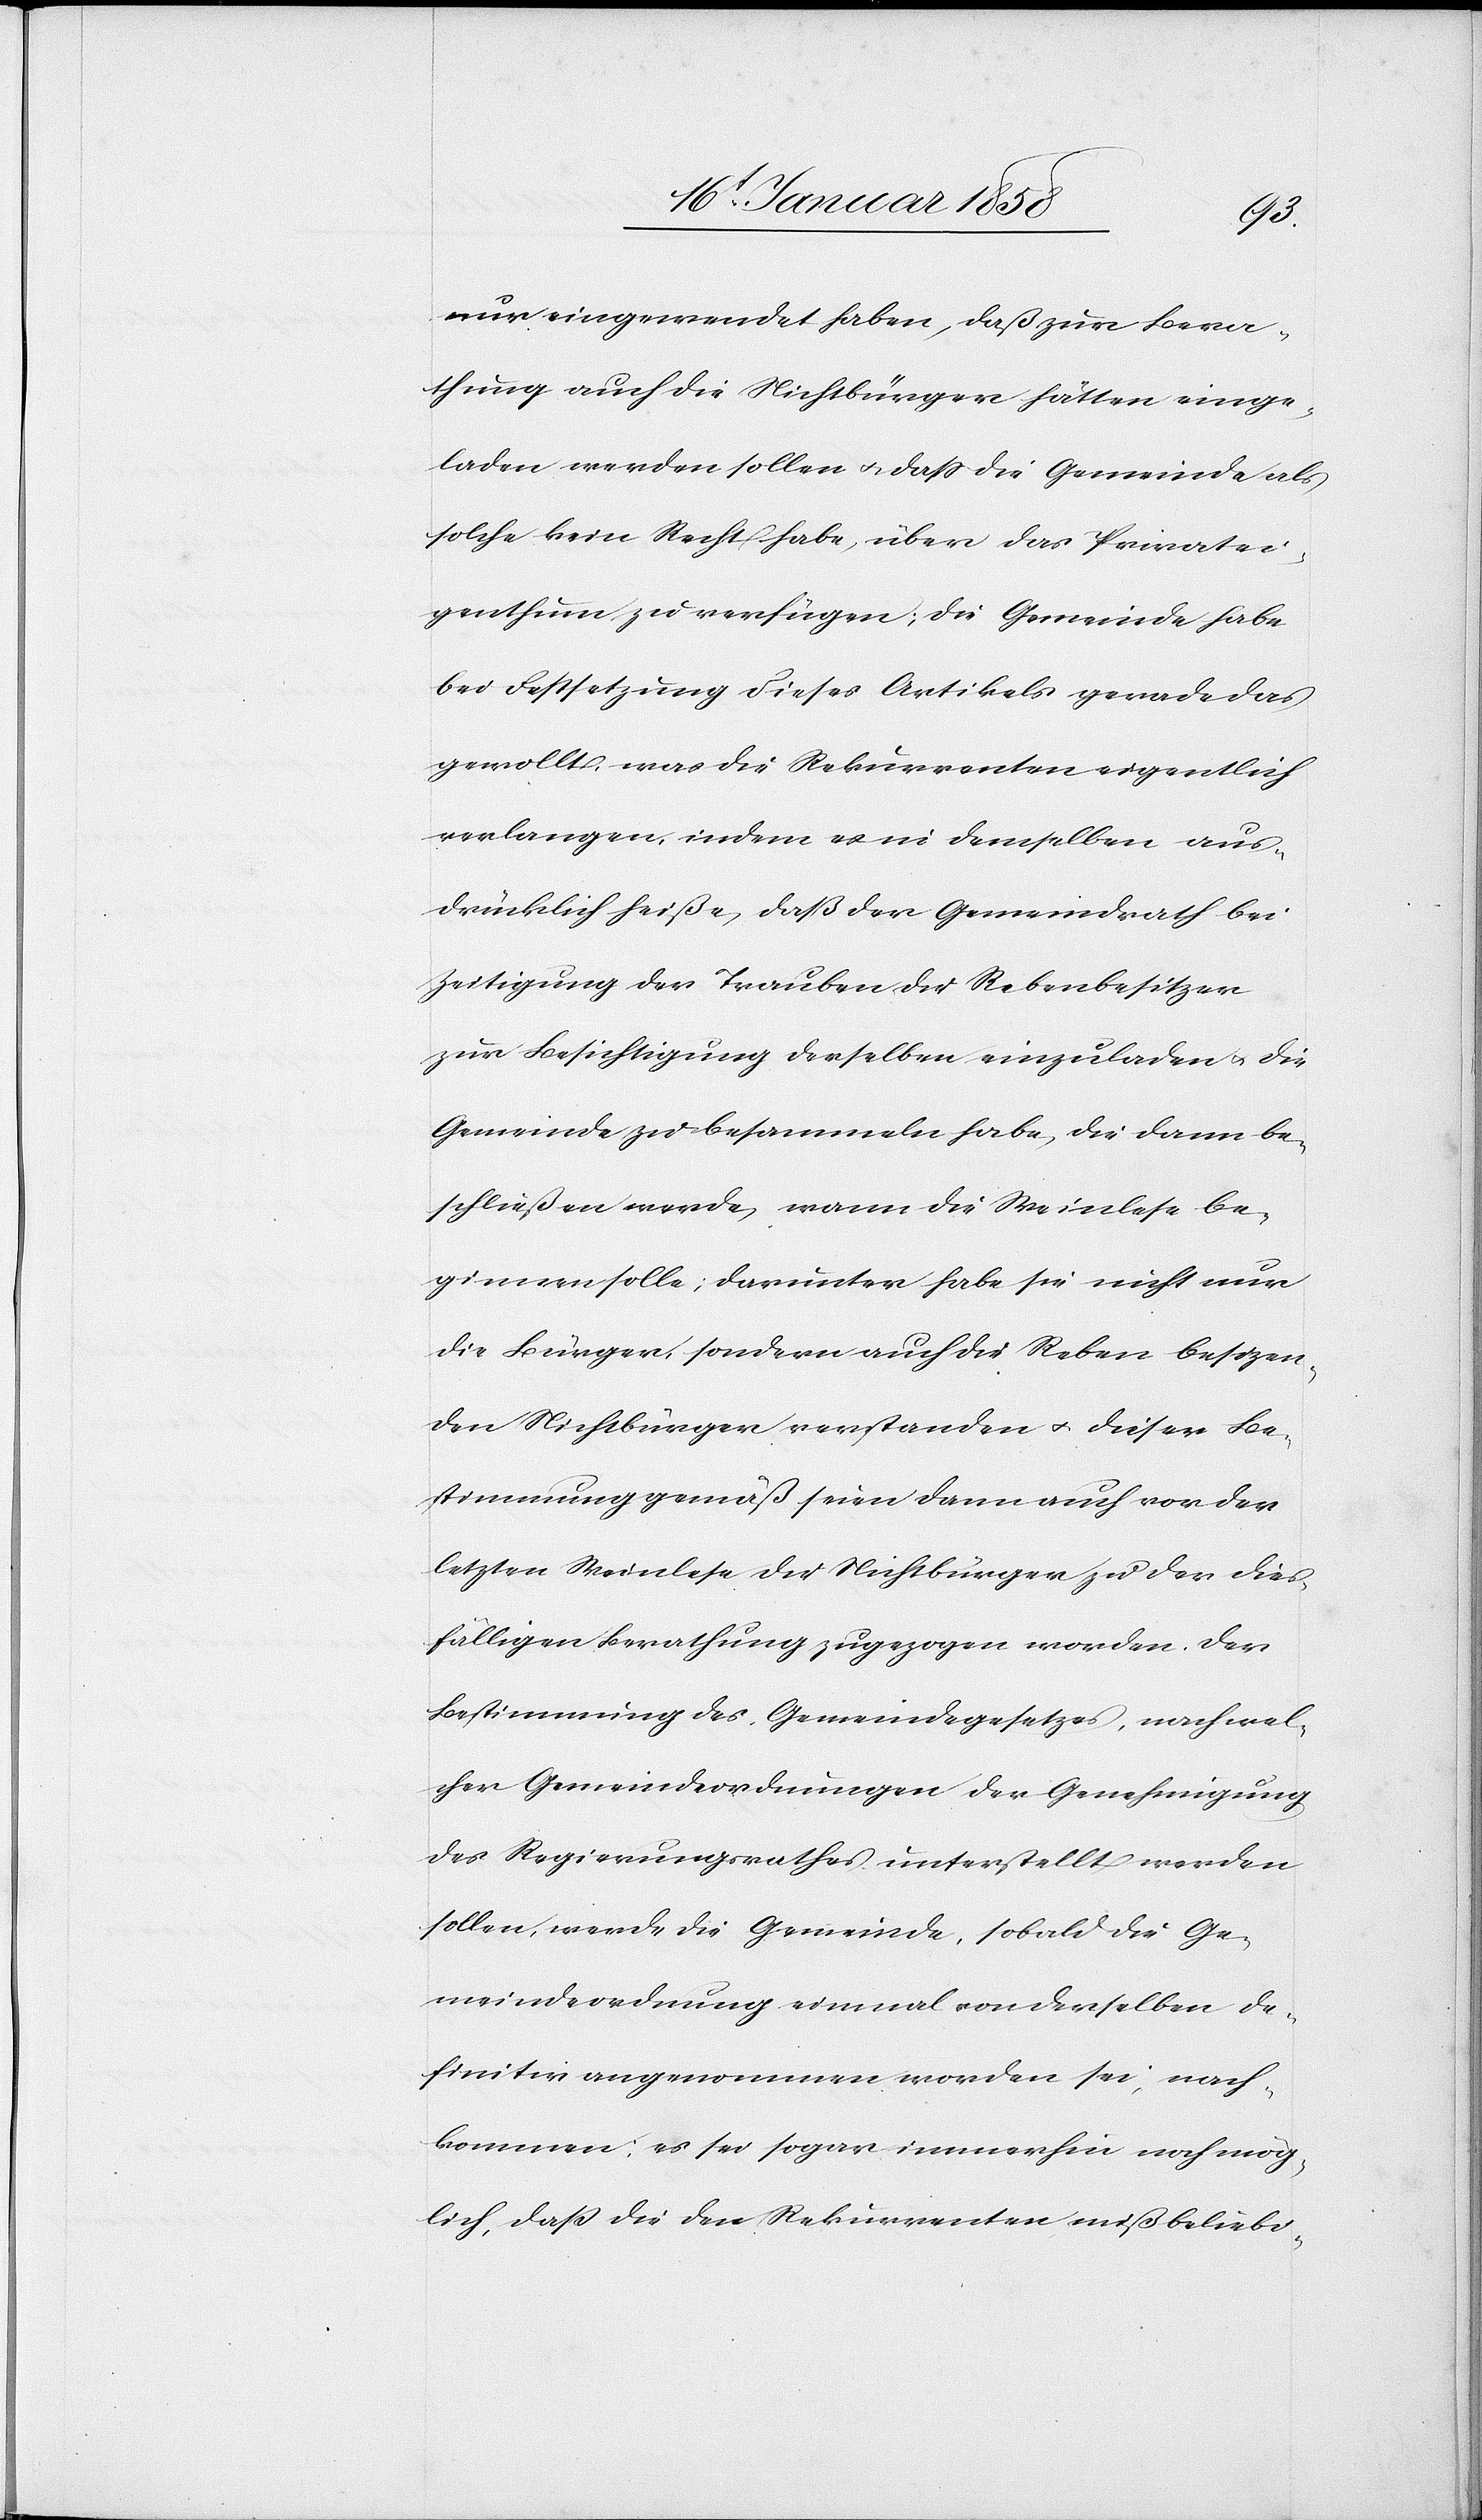
nur eingewendet haben, daß zur Bera¬
thung auch die Nichtbürger hätten einge¬
laden werden sollen u. daß die Gemeinde als
solche kein Recht habe, über das Privatei¬
genthum zu verfügen, die Gemeinde habe
bei Festsetzung dieses Artikels gerade das
gewollt, was die Rekurrenten eigentlich
verlangen, indem es in demselben aus¬
drücklich heiße, daß der Gemeindrath bei
Zeitigung der Trauben die Rebenbesitzer
zur Besichtigung derselben einzuladen u. die
Gemeinde zu besammeln habe, die dann be¬
schließen werde, wann die Weinlese be¬
ginnen solle; darunter habe sie nicht nur
die Bürger, sondern auch die Reben besizen¬
den Nichtbürger verstanden u. dieser Be¬
stimmung gemäß seien dann auch vor der
letzten Weinlese die Nichtbürger zu der dies¬
fälligen Berathung zugezogen worden. Der
Bestimmung des Gemeindegesetzes, nach wel¬
cher Gemeindeordnungen der Genehmigung
des Regierungsrathes unterstellt werden
sollen, werde die Gemeinde, sobald die Ge¬
meindeordnung einmal von derselben de¬
finitiv angenommen worden sei, nach¬
kommen; es sei sogar immerhin noch mög¬
lich, daß die den Rekurrenten mißbeliebi-